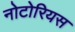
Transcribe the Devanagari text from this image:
नोटोरियस